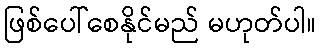
ဖြစ်ပေါ်စေနိုင်မည် မဟုတ်ပါ။